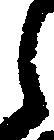
月